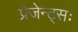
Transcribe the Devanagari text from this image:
प्रेजेन्ट्सः